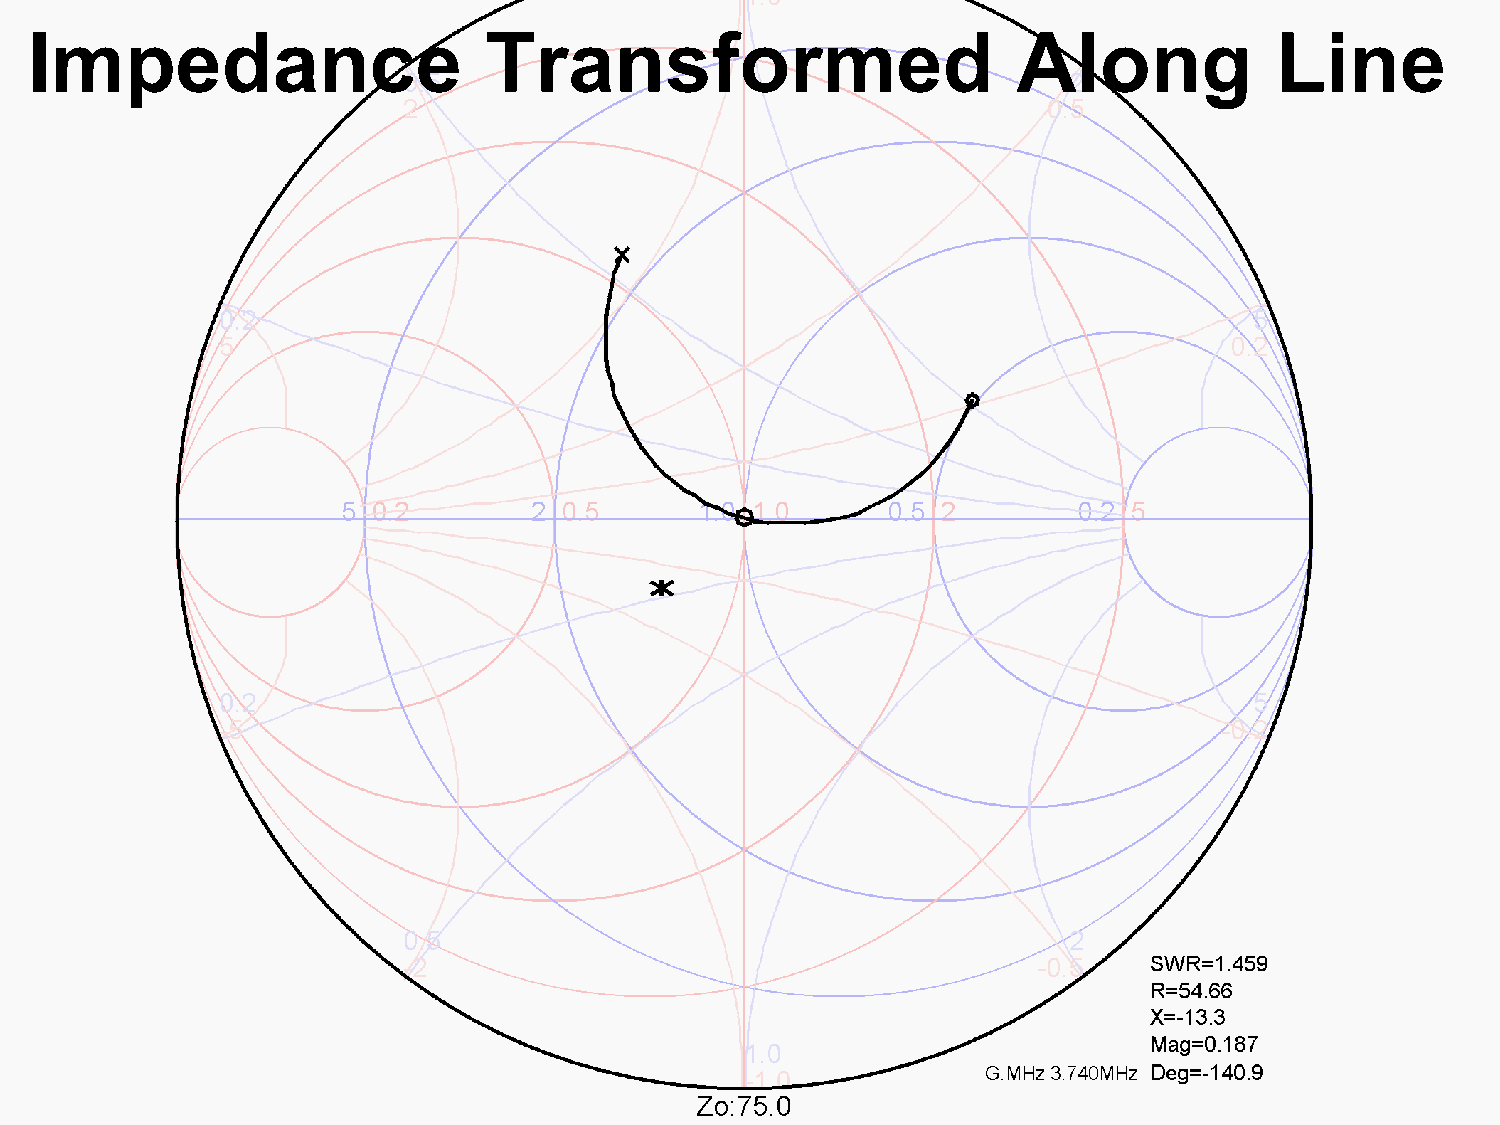
Impedance                     Transformed                        Along            Line